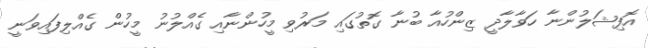
އޮފިޝަލުންނާ ހަވާލާދީ ޒިންހުއާ ބުނާ ގޮތުގައި މަރުވި މީހުންނާއި ގެއްލުނު މީހުން ގެއްލިފައިވަނީ